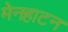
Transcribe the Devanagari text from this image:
मेनहाटन